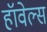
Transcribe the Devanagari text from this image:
हॉवेल्स